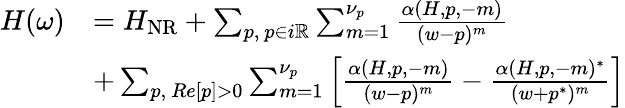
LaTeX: \begin{array}{r}{\begin{array}{rl}{H(\omega)}&{=H_{\mathrm{NR}}+\sum_{p,~p\in i\mathbb{R}}\sum_{m=1}^{\nu_{p}}\frac{\alpha(H,p,-m)}{(w-p)^{m}}}\\ &{+\sum_{p,~Re[p]>0}\sum_{m=1}^{\nu_{p}}\left[\frac{\alpha(H,p,-m)}{(w-p)^{m}}-\frac{\alpha(H,p,-m)^{*}}{(w+p^{*})^{m}}\right]}\end{array}}\end{array}